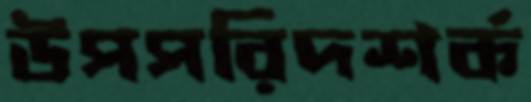
উপপরিদশর্ক